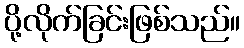
ပို့လိုက်ခြင်းဖြစ်သည်။